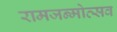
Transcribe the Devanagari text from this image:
रामजन्मोत्सव